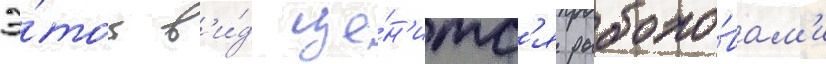
Э́тот в'и́д це́н'итс'я рыболо́вам'и